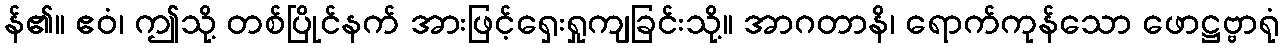
န်၏။ ဧဝံ၊ ဤသို့ တစ်ပြိုင်နက် အားဖြင့်ရှေးရှုကျခြင်းသို့။ အာဂတာနိ၊ ရောက်ကုန်သော ဖောဋ္ဌဗ္ဗ္ဗာရုံ